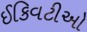
ઈકિવટીઓ